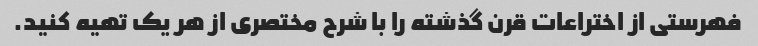
فهرستی از اختراعات قرن گذشته را با شرح مختصری از هر یک تهیه کنید.